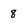
Character: 8